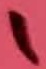
Text: 1